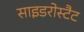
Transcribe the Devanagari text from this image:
साइडरोस्टैट